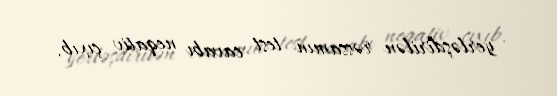
yerləşdirilən rəssamın test cavabı neqativ çıxıb.